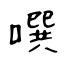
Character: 噀